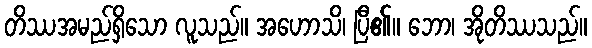
တိဿအမည်ရှိသော လူသည်။ အဟောသိ၊ ပြီ၏။ ဘော၊ အိုတိဿသည်။